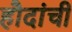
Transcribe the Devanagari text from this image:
हौदांची